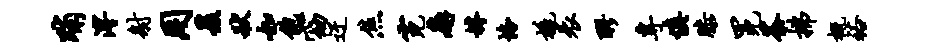
晡溥射用爰状如饱窈迂焦霓廨罅恪橇表醪专慎膝冕茶拂概裕